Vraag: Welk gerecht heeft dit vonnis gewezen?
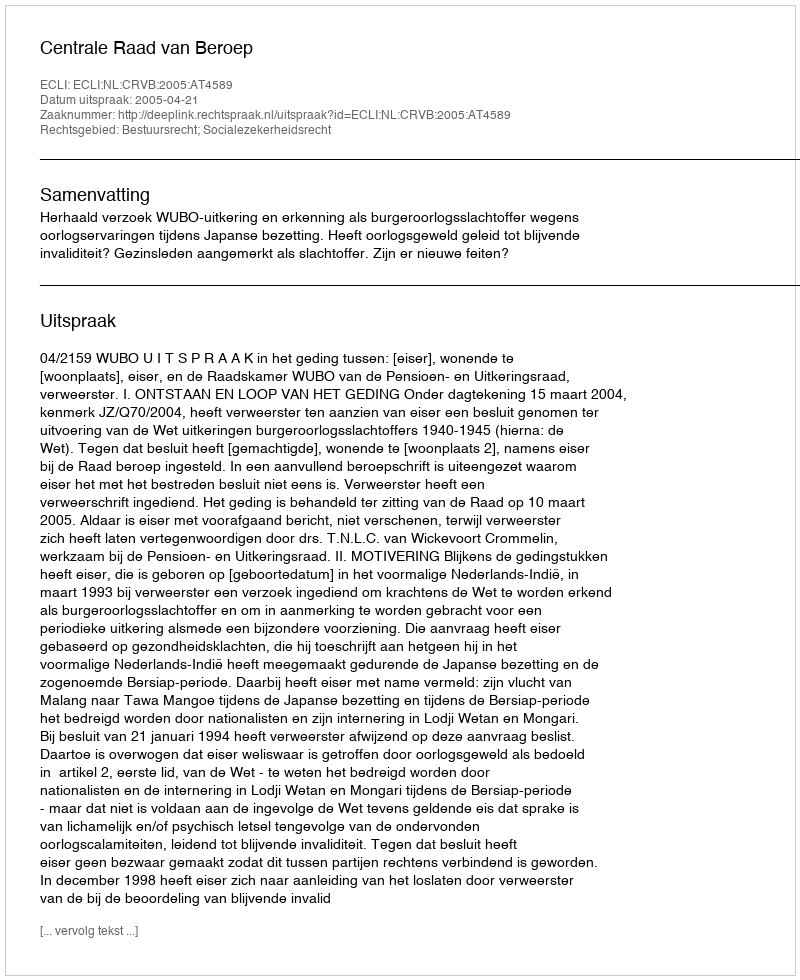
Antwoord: Centrale Raad van Beroep